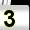
Digit: 3